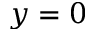
y = 0